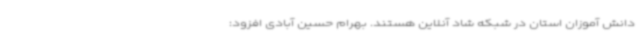
دانش آموزان استان در شبکه شاد آنلاین هستند. بهرام حسین آبادی افزود: